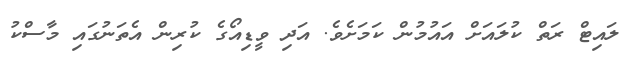
ލައިޓް ރަތް ކުލައަށް އައުމުން ކަމަށެވެ. އަދި ވީޑިއޯގެ ކުރިން އެތަނުގައި މާސްކު